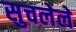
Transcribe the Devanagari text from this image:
सुचलेले